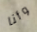
وأنا